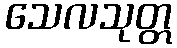
သေလသုတ္တ